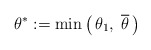
\begin{align*}\theta^*:=\min\left(\, \theta_1,\;\overline\theta\,\right)\end{align*}